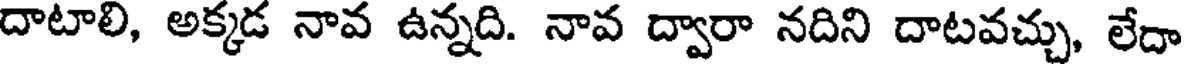
దాటాలి, అక్కడ నావ ఉన్నది. నావ ద్వారా నదిని దాటవచ్చు, లేదా